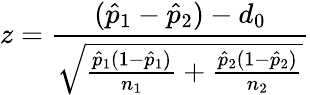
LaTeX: z={\frac{({\hat{p}}_{1}-{\hat{p}}_{2})-d_{0}}{\sqrt{{\frac{{\hat{p}}_{1}(1-{\hat{p}}_{1})}{n_{1}}}+{\frac{{\hat{p}}_{2}(1-{\hat{p}}_{2})}{n_{2}}}}}}